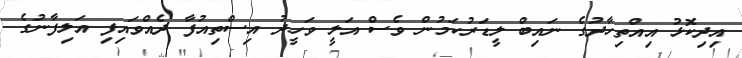
އިދިކޮޅު އިއްތިހާދުގެ ނައިބް ލީޑަރުކަމުން ވެސް އަލީ ވަހީދު އިސްތިއުފާ ދެއްވައިފި އަލިފާނުގެ